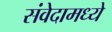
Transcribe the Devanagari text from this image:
संवेदामध्ये